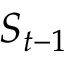
S _ { t - 1 }